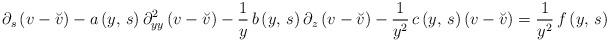
LaTeX: \begin{align*}\partial_{s}\left(v-\breve{v}\right)-a\left(y,\,s\right)\partial_{yy}^{2}\left(v-\breve{v}\right)-\frac{1}{y}\,b\left(y,\,s\right)\partial_{z}\left(v-\breve{v}\right)-\frac{1}{y^{2}}\,c\left(y,\,s\right)\left(v-\breve{v}\right)=\frac{1}{y^{2}}\,f\left(y,\,s\right)\end{align*}